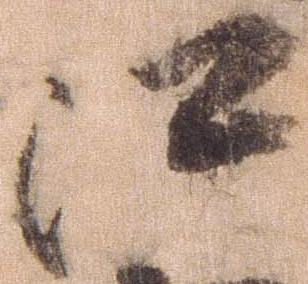
江